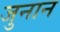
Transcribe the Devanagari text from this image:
जुनान